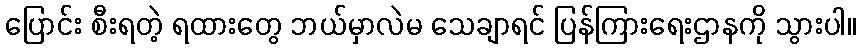
ပြောင်း စီးရတဲ့ ရထားတွေ ဘယ်မှာလဲမ သေချာရင် ပြန်ကြားရေးဌာနကို သွားပါ။